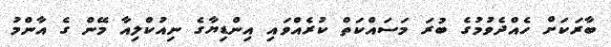
ބާރަކަށް ހެއްދެވުމުގެ ބުރަ މަސައްކަތް ކުރެއްވައި އިންޑިޔާގެ ނިއުކްލިއާ މޭން ގެ އާންމު